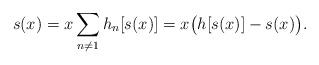
LaTeX: \begin{align*} s(x) = x\sum_{n\ne 1} h_n[s(x)] = x \bigl(h[s(x)] - s(x)\bigr).\end{align*}